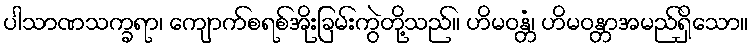
ပါသာဏသက္ခရာ၊ ကျောက်စရစ်အိုးခြမ်းကွဲတို့သည်။ ဟိမဝန္တံ၊ ဟိမဝန္တာအမည်ရှိသော။